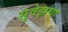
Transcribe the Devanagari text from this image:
सुवेझचा